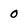
Character: 0